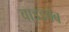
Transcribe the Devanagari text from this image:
वाइडवेब